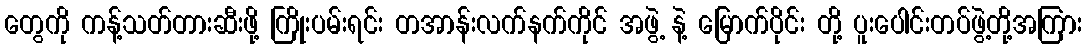
တွေကို ကန့်သတ်တားဆီးဖို့ ကြိုးပမ်းရင်း တအာန်းလက်နက်ကိုင် အဖွဲ့ နဲ့ မြောက်ပိုင်း တို့ ပူးပေါင်းတပ်ဖွဲ့တို့အကြား